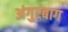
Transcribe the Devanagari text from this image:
अंगुरबाग